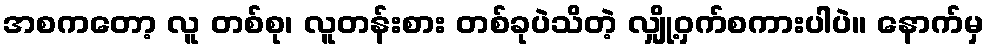
အစကတော့ လူ တစ်စု၊ လူတန်းစား တစ်ခုပဲသိတဲ့ လျှို့ဝှက်စကားပါပဲ။ နောက်မှ